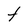
Character: t